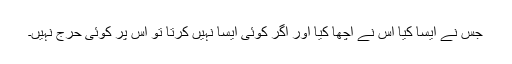
جس نے ایسا کیا اس نے اچھا کیا اور اگر کوئی ایسا نہیں کرتا تو اس پر کوئی حرج نہیں۔